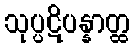
သုပ္ပဋိပန္နာတ္ထ